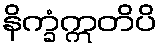
နိက္ခံဣတိပိ